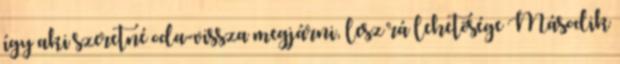
így aki szeretné oda-vissza megjárni, lesz rá lehetõsége Második